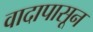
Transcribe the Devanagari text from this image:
वादापासून